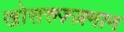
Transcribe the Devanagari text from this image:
खोसरुज़्ज़मान